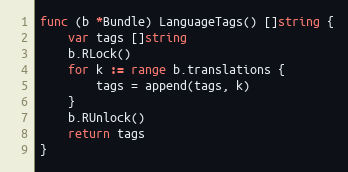
Language: Go
func (b *Bundle) LanguageTags() []string {
	var tags []string
	b.RLock()
	for k := range b.translations {
		tags = append(tags, k)
	}
	b.RUnlock()
	return tags
}